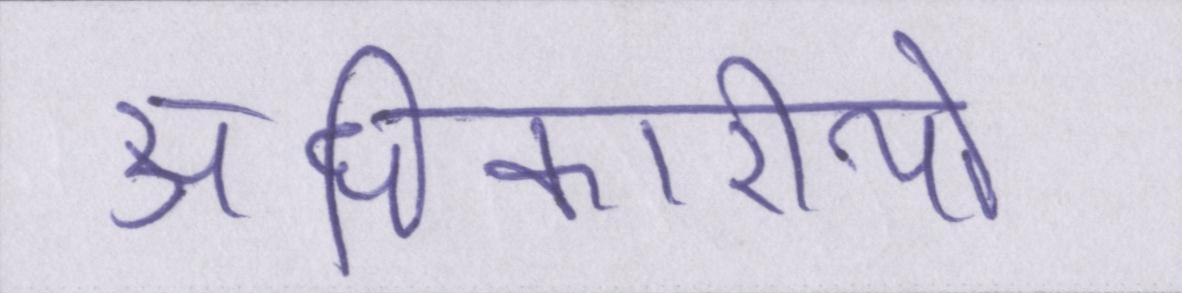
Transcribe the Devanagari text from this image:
अधिकारीयों